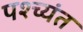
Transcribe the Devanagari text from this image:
पश्च्यंत